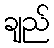
ချည်